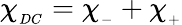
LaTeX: \chi_{_{DC}}=\chi_{_{-}}+\chi_{_+}